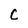
Character: c